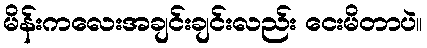
မိန်းကလေးအချင်းချင်းလည်း ငေးမိတာပဲ။